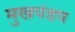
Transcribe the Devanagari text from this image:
मुखपंडप